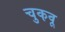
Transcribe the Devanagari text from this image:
चुकवू